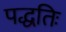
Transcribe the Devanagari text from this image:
पद्धतिः